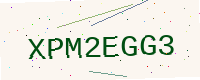
Text: XPM2EGG3